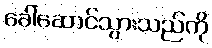
ခေါ်ဆောင်သွားသည်ကို